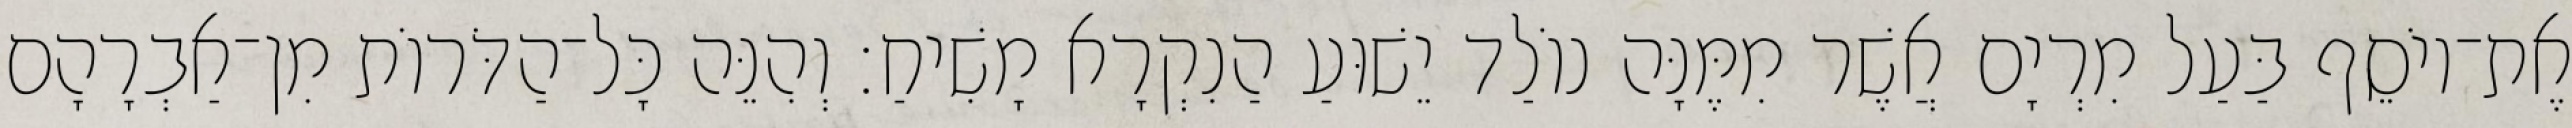
אֶת־יוֹסֵף בַּעַל מִרְיָם אֲשֶׁר מִמֶּנָּה נוֹלַד יֵשׁוּעַ הַנִקְרָא מָשִׁיחַ׃ וְהִנֵּה כָּל־הַדֹּרוֹת מִן־אַבְרָהָם